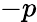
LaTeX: -p